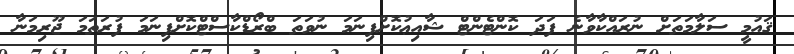
ޤައުމީ ސަލާމަތަށް ނުރައްކާވާނެ ފަދަ ކޮންޓެންޓް ޝާއިޢުކޮށްފިނަމަ ނުވަތަ ބްރޯޑްކާސްޓްކޮށްފިނަމަ ފުރަތަމަ ޖޫރިމަނާ